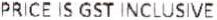
PRICE IS GST INCLUSIVE